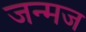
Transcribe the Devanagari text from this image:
जन्मज